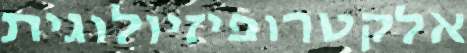
אלקטרופיזיולוגית